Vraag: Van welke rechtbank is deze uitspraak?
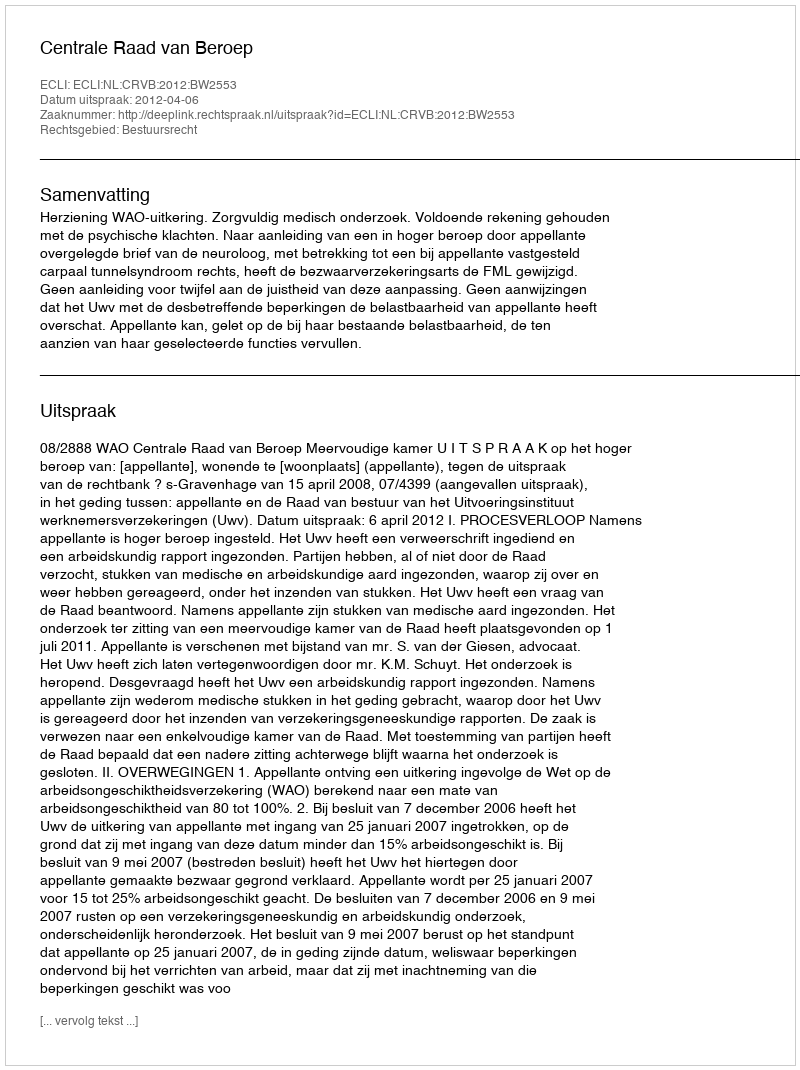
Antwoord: Centrale Raad van Beroep